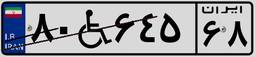
۸۰W۶۴۵۶۸